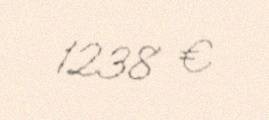
1238 €